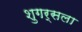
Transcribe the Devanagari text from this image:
शुगर्सला